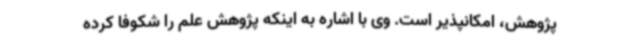
پژوهش، امکانپذیر است. وی با اشاره به اینکه پژوهش علم را شکوفا کرده